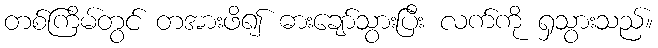
တစ်ကြိမ်တွင် တအားဖိ၍ ဓားချော်သွားပြီး လက်ကို ရှသွားသည်။